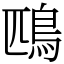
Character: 鴄